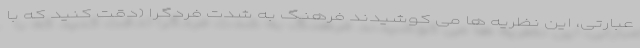
عبارتی، این نظریه ها می کوشیدند فرهنگ به شدت فردگرا (دقت کنید که با